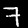
Label: 7